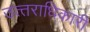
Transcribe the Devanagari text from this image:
उत्‍तराधिकारी